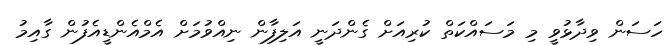
ހަސަން ވިދާޅުވީ މި މަސައްކަތް ކުރިއަށް ގެންދަނީ އަލިފާން ނިއްވުމަށް އެމްއެންޑީއެފުން ގާއިމު